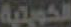
الكويتية